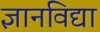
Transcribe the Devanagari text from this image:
ज्ञानविद्या